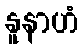
နူနာဟံ